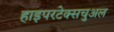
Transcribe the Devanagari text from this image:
हाइपरटेक्सचुअल